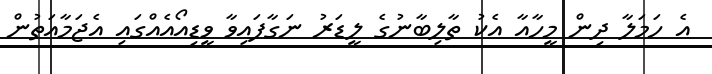
އެ ހަމަލާ ދިން މީހާއާ އެކު ތާލިބާނުގެ ލީޑަރު ނަގާފައިވާ ވީޑިއޯއެއްގައި އެޖަމާއަތުން